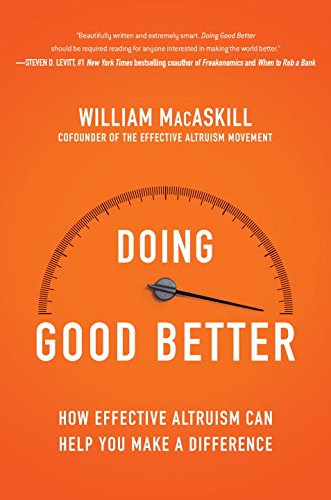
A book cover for Doing Good Better: How Effective Altruism Can Help You Make a Difference; William MacAskill; Politics & Social Sciences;